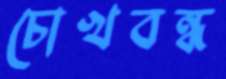
চোখবন্ধ